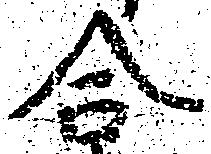
合